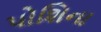
પોશિના